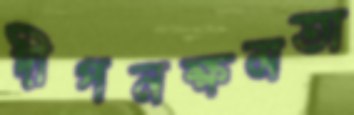
দীপনক্ষমতা